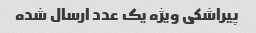
پیراشکی ویژه یک عدد ارسال شده